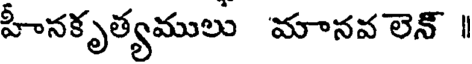
హీనకృత్యములు మానవ లెన్